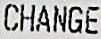
CHANGE